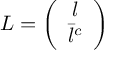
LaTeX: L = \left( \begin{array} { c } { { l } } \\ { { \bar { l } ^ { c } } } \end{array} \right)